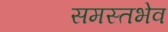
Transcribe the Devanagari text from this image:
समस्तभेव